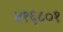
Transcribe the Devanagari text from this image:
४१६८०१